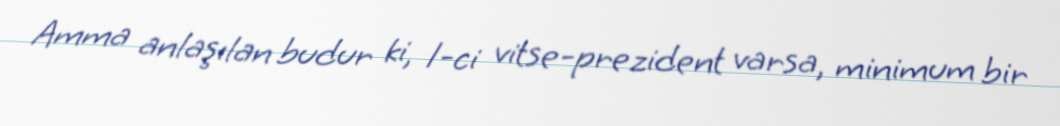
Amma anlaşılan budur ki, 1-ci vitse-prezident varsa, minimum bir